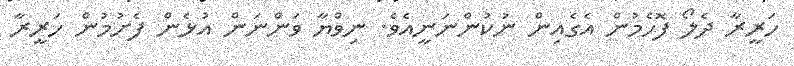
ހަރީރާ ދެލޯ ފޮހެމުން އެގެެއިން ނުކުންނަނީއެވެ. ނިވްޔާ ވަންނަން އުޅެން ފެށުމުން ހަރީރާ